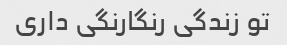
تو زندگی رنگارنگی داری